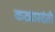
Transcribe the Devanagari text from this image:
कट्यारदंती